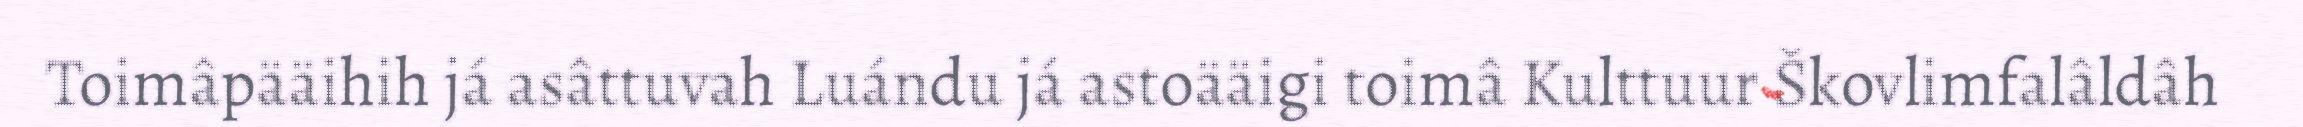
Toimâpääihih já asâttuvah Luándu já astoääigi toimâ Kulttuur Škovlimfalâldâh